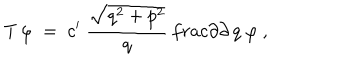
T \, \varphi \; = \; c ^ { \prime } \ \frac { \sqrt { q ^ { 2 } + p ^ { 2 } } } { q } \, \frac { \partial } { \partial \, q } \ \varphi \ ,